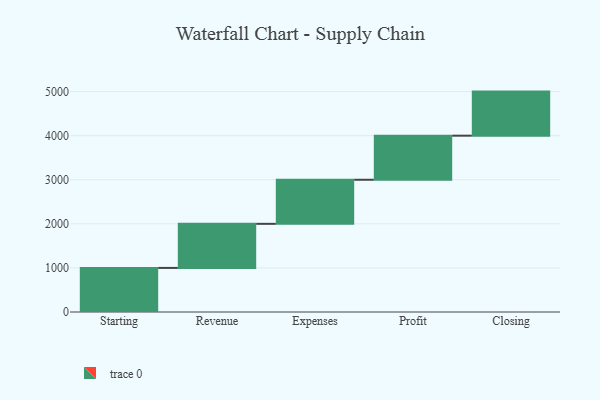
{"axis": {"x": "Step", "y": "Value"}, "legend": [""], "data": [{"x": "Starting", "y": 1000, "type": ""}, {"x": "Revenue", "y": 1000, "type": ""}, {"x": "Expenses", "y": 1000, "type": ""}, {"x": "Profit", "y": 1000, "type": ""}, {"x": "Closing", "y": 1000, "type": ""}]}